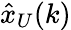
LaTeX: {\hat{x}}_{U}(k)